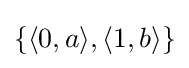
\{\langle 0,a\rangle ,\langle 1,b\rangle \}